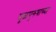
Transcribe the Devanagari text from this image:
मूळपुरुषाच्या